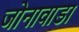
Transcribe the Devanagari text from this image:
जोनावाडा